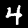
Digit: 4